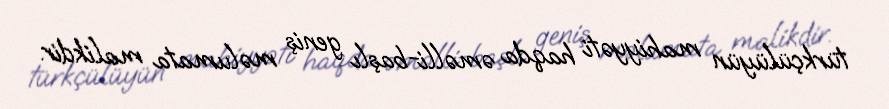
türkçülüyün mahiyyəti haqda əməlli-başlı geniş məlumata malikdir.